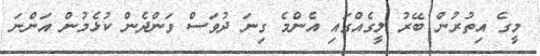
މީގެ އިތުރުން ބޭރު ލީގެއްގައި އެންމެ ގިނަ ދުވަސް ވަންދެން ކުޅެމުން އަންނަ